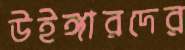
উইঙ্গারদের